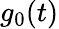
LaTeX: g_{0}(t)